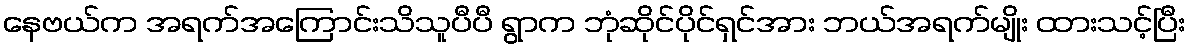
နေဗယ်က အရက်အကြောင်းသိသူပီပီ ရွာက ဘုံဆိုင်ပိုင်ရှင်အား ဘယ်အရက်မျိုး ထားသင့်ပြီး